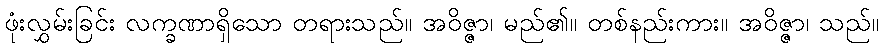
ဖုံးလွှမ်းခြင်း လက္ခဏာရှိသော တရားသည်။ အဝိဇ္ဇာ၊ မည်၏။ တစ်နည်းကား။ အဝိဇ္ဇာ၊ သည်။